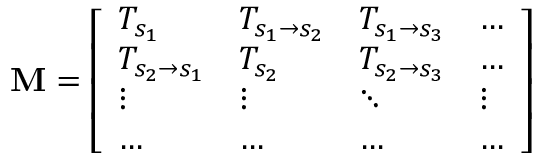
\mathbf { M } = \left[ \begin{array} { l l l l } { T _ { s _ { 1 } } } & { T _ { s _ { 1 } \rightarrow s _ { 2 } } } & { T _ { s _ { 1 } \rightarrow s _ { 3 } } } & { \dots } \\ { T _ { s _ { 2 } \rightarrow s _ { 1 } } } & { T _ { s _ { 2 } } } & { T _ { s _ { 2 } \rightarrow s _ { 3 } } } & { \dots } \\ { \vdots } & { \vdots } & { \ddots } & { \vdots } \\ { \dots } & { \dots } & { \dots } & { \dots } \end{array} \right]